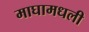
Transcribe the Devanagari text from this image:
माघामधली